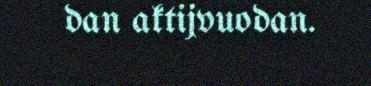
dan aktijvuodan.